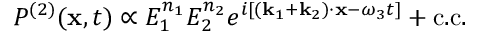
P ^ { ( 2 ) } ( \mathbf { x } , t ) \propto E _ { 1 } ^ { n _ { 1 } } E _ { 2 } ^ { n _ { 2 } } e ^ { i [ ( \mathbf { k } _ { 1 } + \mathbf { k } _ { 2 } ) \cdot \mathbf { x } - \omega _ { 3 } t ] } + { \mathrm { c . c . } }